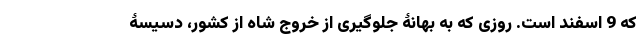
که 9 اسفند است. روزی که به بهانۀ جلوگیری از خروج شاه از کشور، دسیسۀ